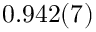
0 . 9 4 2 ( 7 )